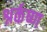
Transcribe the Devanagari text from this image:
श्नर्कष्ण